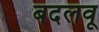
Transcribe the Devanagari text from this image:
बदलवू